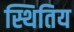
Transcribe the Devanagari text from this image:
स्थितिय